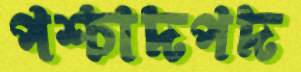
পশ্চাদপদ